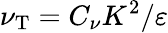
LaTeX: \nu_{\textrm{T}}=C_{\nu}K^{2}/\varepsilon